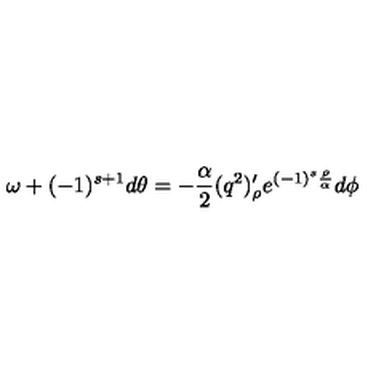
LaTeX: \omega + ( - 1 ) ^ { s + 1 } d \theta = - { \frac { \alpha } { 2 } } ( q ^ { 2 } ) _ { \rho } ^ { \prime } e ^ { ( - 1 ) ^ { s } { \frac { \rho } { \alpha } } } d \phi